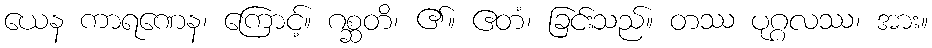
ယေန ကာရဏေန၊ ကြောင့်။ ဂစ္ဆတိ၊ ၏။ ဧတံ၊ ခြင်းသည်။ တဿ ပုဂ္ဂလဿ၊ အား။